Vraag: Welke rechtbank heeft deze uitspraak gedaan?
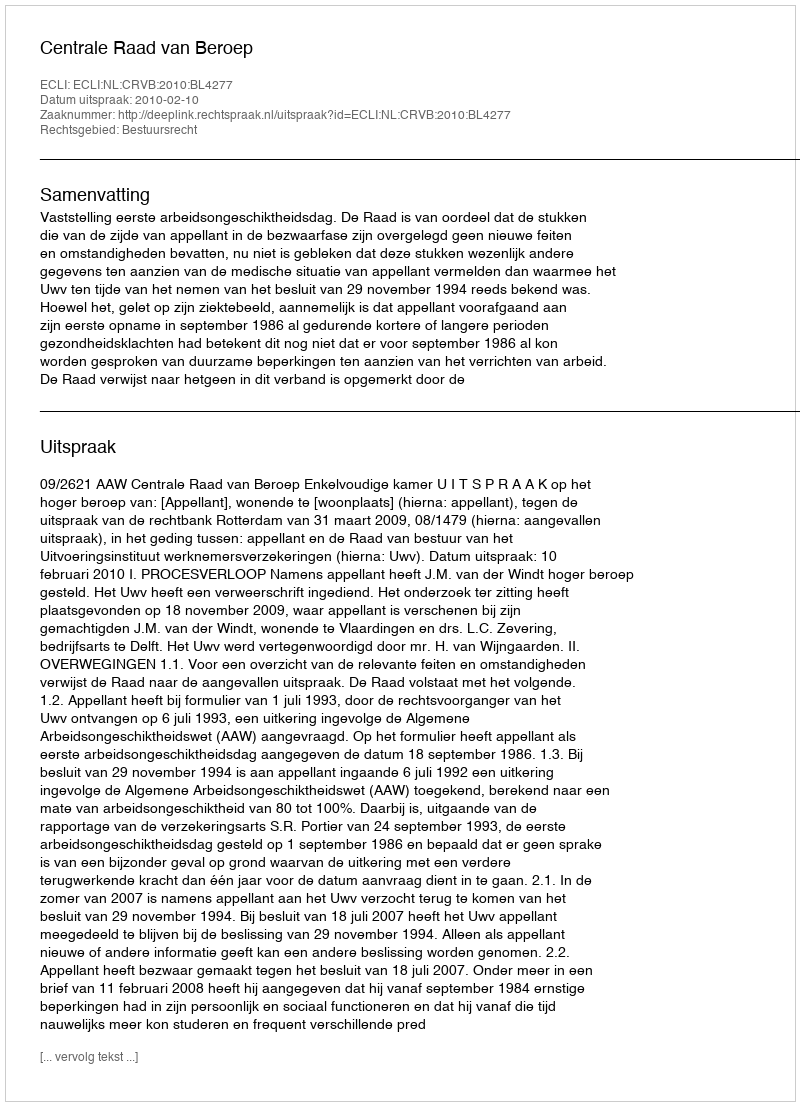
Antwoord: Centrale Raad van Beroep